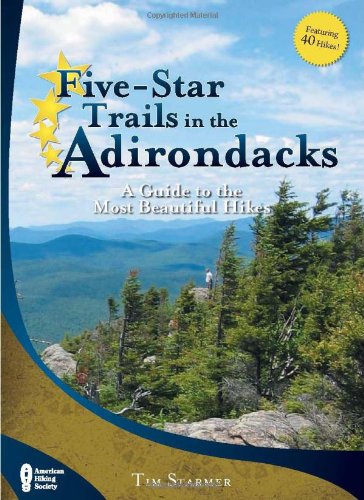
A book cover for Five-Star Trails in the Adirondacks: A Guide to the Most Beautiful Hikes; Timothy Starmer; Health, Fitness & Dieting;